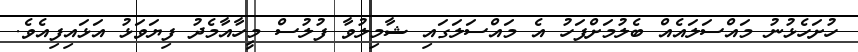
ހުށަހެޅުނު މައްސަލައެއް ބެލުމަށްފަހު އެ މައްސަލަގައި ޝާމިލުވާ ފުލުސް މީހާއާމެދު ފިޔަވަޅު އަޅައިފިއެވެ.